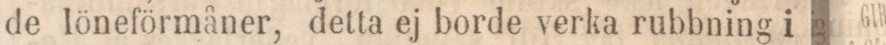
de löneförmåner, detta ej borde verka rubbning i